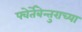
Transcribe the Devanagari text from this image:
फ्वेर्तेबेन्तुराच्या